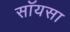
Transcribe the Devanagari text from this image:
सॉयसा